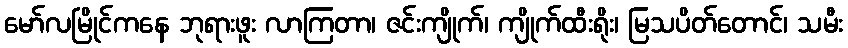
မော်လမြိုင်ကနေ ဘုရားဖူး လာကြတာ၊ ဇင်းကျိုက်၊ ကျိုက်ထီးရိုး၊ မြသပိတ်တောင်၊ သမီး